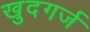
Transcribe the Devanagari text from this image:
खुदगर्ज